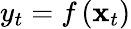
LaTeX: y_{t}=f\left(\mathbf{x}_{t}\right)